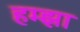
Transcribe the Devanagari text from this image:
हम्झा